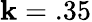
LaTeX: \mathbf{k}=.35